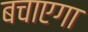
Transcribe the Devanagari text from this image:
बचाएगा